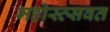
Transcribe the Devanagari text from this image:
महोस्त्सवत